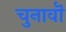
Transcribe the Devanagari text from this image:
चुनावॊं